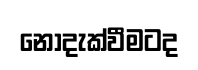
නොදැක්වීමටද